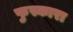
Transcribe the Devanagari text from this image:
फुस्कारा